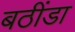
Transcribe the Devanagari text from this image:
बठींडा